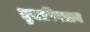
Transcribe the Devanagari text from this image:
तुचारिस्तान